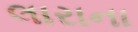
લારાના